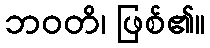
ဘဝတိ၊ ဖြစ်၏။